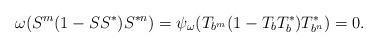
LaTeX: \begin{align*}\omega(S^m(1-SS^*)S^{*n})=\psi_\omega(T_{b^m}(1-T_bT_b^*)T_{b^n}^*)=0.\end{align*}